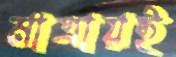
মাত্রায়ই